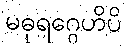
မဓုရဂ္ဂေဟိပိ